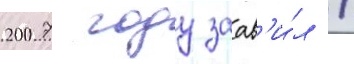
2007 году заав'и́л /